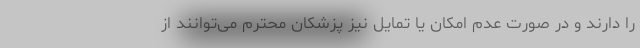
را دارند و در صورت عدم امکان یا تمایل نیز پزشکان محترم می‌توانند از